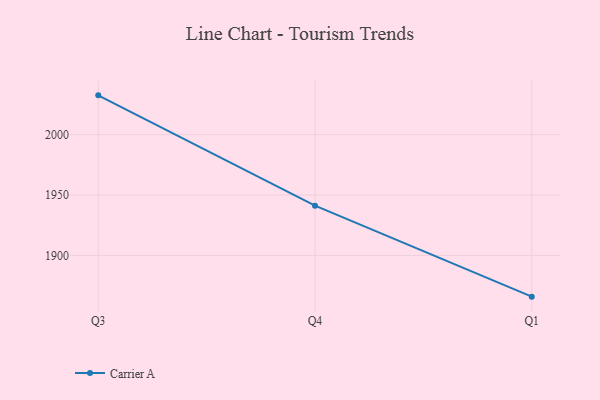
{"axis": {"x": "Quarter", "y": "Satisfaction Score"}, "legend": ["Carrier A"], "data": [{"x": "Q3", "y": 2032.5, "type": "Carrier A"}, {"x": "Q4", "y": 1941.2, "type": "Carrier A"}, {"x": "Q1", "y": 1865.9, "type": "Carrier A"}]}